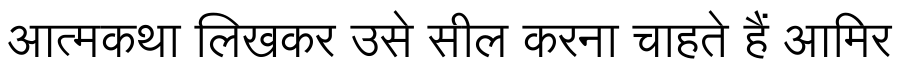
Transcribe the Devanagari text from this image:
आत्मकथा लिखकर उसे सील करना चाहते हैं आमिर